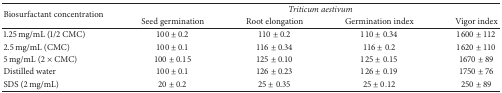
<table><thead><tr><td rowspan="2"><b>Biosurfactant concentration</b></td><td colspan="4"><b><i>Triticum aestivum </i></b></td></tr><tr><td><b>Seed germination</b></td><td><b>Root elongation</b></td><td><b>Germination index</b></td><td><b>Vigor index</b></td></tr></thead><tbody><tr><td>1.25 mg/mL (1/2 CMC)</td><td>100 ± 0.2</td><td>110 ± 0.2</td><td>110 ± 0.34</td><td>1600 ± 112</td></tr><tr><td>2.5 mg/mL (CMC)</td><td>100 ± 0.1</td><td>116 ± 0.34</td><td>116 ± 0.2</td><td>1620 ± 110</td></tr><tr><td>5 mg/mL (2 × CMC)</td><td>100 ± 0.15</td><td>125 ± 0.10</td><td>125 ± 0.15</td><td>1670 ± 89</td></tr><tr><td>Distilled water</td><td>100 ± 0.1</td><td>126 ± 0.23</td><td>126 ± 0.19</td><td>1750 ± 76</td></tr><tr><td>SDS (2 mg/mL)</td><td>20 ± 0.2</td><td>25 ± 0.35</td><td>25 ± 0.12</td><td>250 ± 89</td></tr></tbody></table>